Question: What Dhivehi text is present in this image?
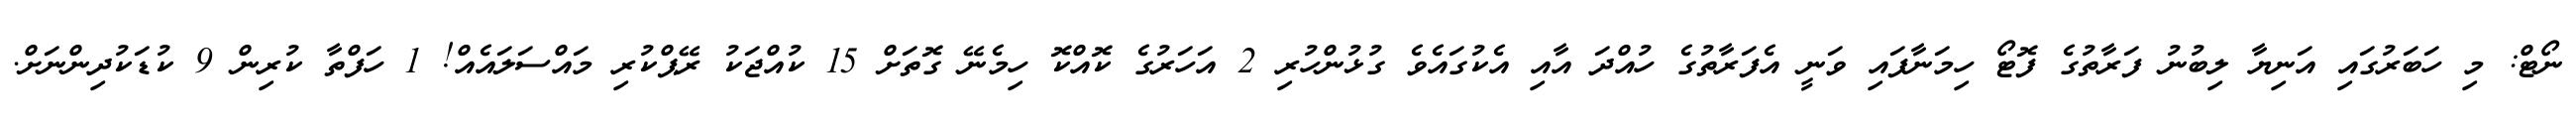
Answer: ނޯޓް: މި ހަބަރުގައި އަނިޔާ ލިބުނު ފަރާތުގެ ފޮޓޯ ހިމަނާފައި ވަނީ އެފަރާތުގެ ހުއްދަ އާއި އެކުގައެވެ ގުޅުންހުރި 2 އަހަރުގެ ކޮއްކޮ ހިމެނޭ ގޮތަށް 15 ކުއްޖަކު ރޭޕްކުރި މައްސަލައެއް! 1 ހަފްތާ ކުރިން 9 ކުޑަކުދިންނަށް.